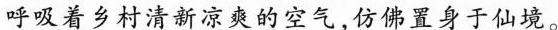
呼吸着乡村清新凉爽的空气，仿佛置身于仙境。